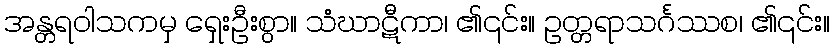
အန္တရဝါသကမှ ရှေးဦးစွာ။ သံဃာဋီကာ၊ ၏၎င်း။ ဥတ္တရာသင်္ဂဿစ၊ ၏၎င်း။